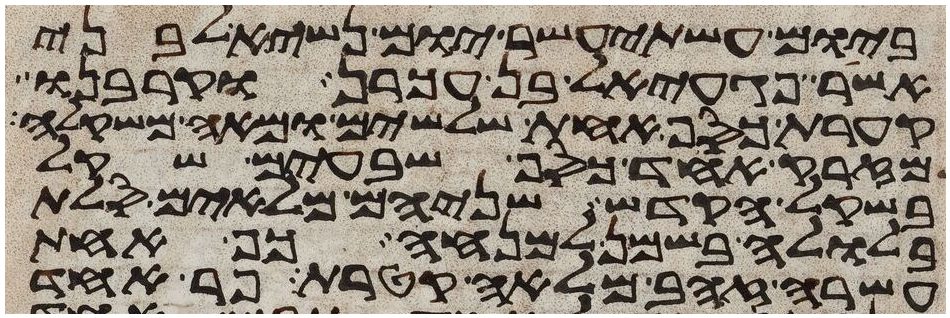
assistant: ביום עשתי עשר יום נשיא לבני
אשר פגעאל בן עכרן וקרבנו
קערת כסף אחת שלשים ומאה משקלה
מזרק אחד כסף שבעים שקל
בשקל הקדש שניהם מלאים סלת
בלולה בשמן למנחה כף אחת
עשרה זהב מלאה קטרת פר אחד